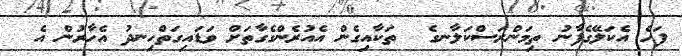
ފަހެ އެކަލޭގެފާނު ތިމަންރަސްކަލާނގެ  ތަކާއިގެން އެއުރެންގެގާތަށް ވަޑައިގަތްހިނދު އެހާރުން އެ